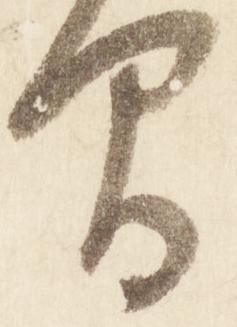
間